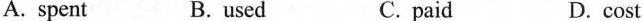
A. spent B. used C.paid D. cost